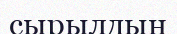
сырылдың